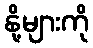
နို့များကို